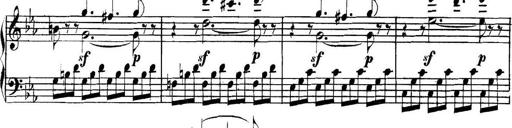
Title: Collected Piano Sonatas
Composer: Muzio Clementi